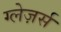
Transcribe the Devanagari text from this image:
ग्लेज़र्स